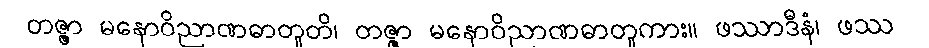
တဇ္ဇာ မနောဝိညာဏဓာတူတိ၊ တဇ္ဇာ မနောဝိညာဏဓာတူကား။ ဖဿာဒီနံ၊ ဖဿ